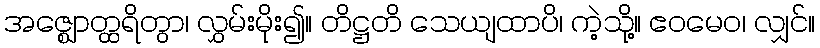
အဇ္ဈောတ္ထရိတွာ၊ လွှမ်းမိုး၍။ တိဋ္ဌတိ သေယျထာပိ၊ ကဲ့သို့။ ဧဝမေဝ၊ လျှင်။